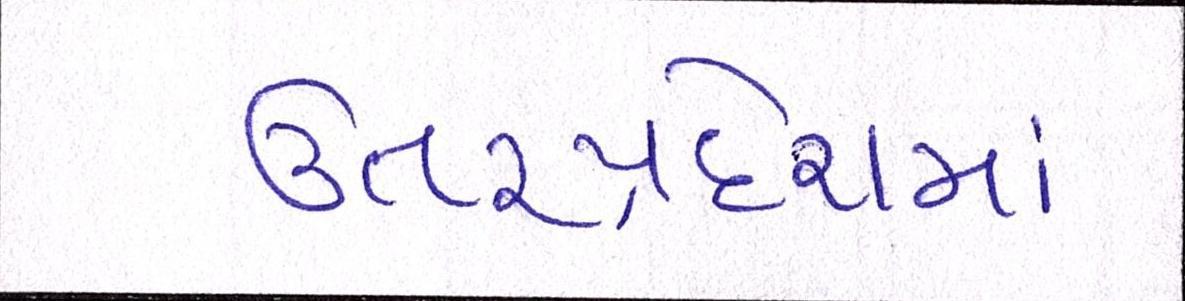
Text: ઉત્તરપ્રદેશમાં